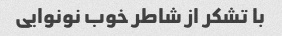
با تشکر از شاطر خوب نونوایی